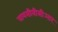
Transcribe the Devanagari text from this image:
वायसीबीसीआर